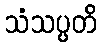
သံသပ္ပတိ